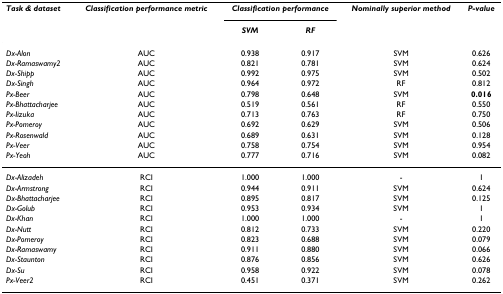
<table><thead><tr><td><b><i>Task &amp; dataset</i></b></td><td><b><i>Classification performance metric</i></b></td><td colspan="2"><b><i>Classification performance</i></b></td><td><b><i>Nominally superior method</i></b></td><td><b><i>P-value</i></b></td></tr><tr><td></td><td></td><td><b><i>SVM</i></b></td><td><b><i>RF</i></b></td><td></td><td></td></tr></thead><tbody><tr><td><i>Dx-Alon</i></td><td>AUC</td><td>0.938</td><td>0.917</td><td>SVM</td><td>0.626</td></tr><tr><td><i>Dx-Ramaswamy2</i></td><td>AUC</td><td>0.821</td><td>0.781</td><td>SVM</td><td>0.624</td></tr><tr><td><i>Dx-Shipp</i></td><td>AUC</td><td>0.992</td><td>0.975</td><td>SVM</td><td>0.502</td></tr><tr><td><i>Dx-Singh</i></td><td>AUC</td><td>0.964</td><td>0.972</td><td>RF</td><td>0.812</td></tr><tr><td><i>Px-Beer</i></td><td>AUC</td><td>0.798</td><td>0.648</td><td>SVM</td><td><b>0.016</b></td></tr><tr><td><i>Px-Bhattacharjee</i></td><td>AUC</td><td>0.519</td><td>0.561</td><td>RF</td><td>0.550</td></tr><tr><td><i>Px-Iizuka</i></td><td>AUC</td><td>0.713</td><td>0.763</td><td>RF</td><td>0.750</td></tr><tr><td><i>Px-Pomeroy</i></td><td>AUC</td><td>0.692</td><td>0.629</td><td>SVM</td><td>0.506</td></tr><tr><td><i>Px-Rosenwald</i></td><td>AUC</td><td>0.689</td><td>0.631</td><td>SVM</td><td>0.128</td></tr><tr><td><i>Px-Veer</i></td><td>AUC</td><td>0.758</td><td>0.754</td><td>SVM</td><td>0.954</td></tr><tr><td><i>Px-Yeoh</i></td><td>AUC</td><td>0.777</td><td>0.716</td><td>SVM</td><td>0.082</td></tr><tr><td><i>Dx-Alizadeh</i></td><td>RCI</td><td>1.000</td><td>1.000</td><td>-</td><td>1</td></tr><tr><td><i>Dx-Armstrong</i></td><td>RCI</td><td>0.944</td><td>0.911</td><td>SVM</td><td>0.624</td></tr><tr><td><i>Dx-Bhattacharjee</i></td><td>RCI</td><td>0.895</td><td>0.817</td><td>SVM</td><td>0.125</td></tr><tr><td><i>Dx-Golub</i></td><td>RCI</td><td>0.953</td><td>0.934</td><td>SVM</td><td>1</td></tr><tr><td><i>Dx-Khan</i></td><td>RCI</td><td>1.000</td><td>1.000</td><td>-</td><td>1</td></tr><tr><td><i>Dx-Nutt</i></td><td>RCI</td><td>0.812</td><td>0.733</td><td>SVM</td><td>0.220</td></tr><tr><td><i>Dx-Pomeroy</i></td><td>RCI</td><td>0.823</td><td>0.688</td><td>SVM</td><td>0.079</td></tr><tr><td><i>Dx-Ramaswamy</i></td><td>RCI</td><td>0.911</td><td>0.880</td><td>SVM</td><td>0.066</td></tr><tr><td><i>Dx-Staunton</i></td><td>RCI</td><td>0.876</td><td>0.856</td><td>SVM</td><td>0.626</td></tr><tr><td><i>Dx-Su</i></td><td>RCI</td><td>0.958</td><td>0.922</td><td>SVM</td><td>0.078</td></tr><tr><td><i>Px-Veer2</i></td><td>RCI</td><td>0.451</td><td>0.371</td><td>SVM</td><td>0.262</td></tr></tbody></table>